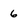
Character: 6